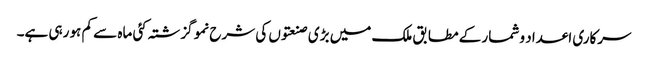
سرکاری اعداد و شمار کے مطابق ملک میں بڑی صنعتوں کی شرح نمو گزشتہ کئی ماہ سے کم ہو رہی ہے۔